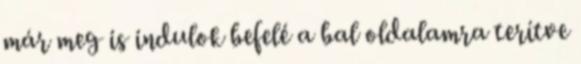
már meg is indulok befelé a bal oldalamra terítve